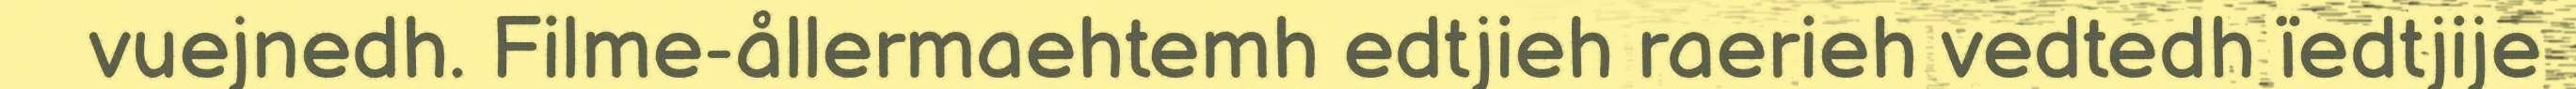
vuejnedh. Filme-ållermaehtemh edtjieh raerieh vedtedh ïedtjije